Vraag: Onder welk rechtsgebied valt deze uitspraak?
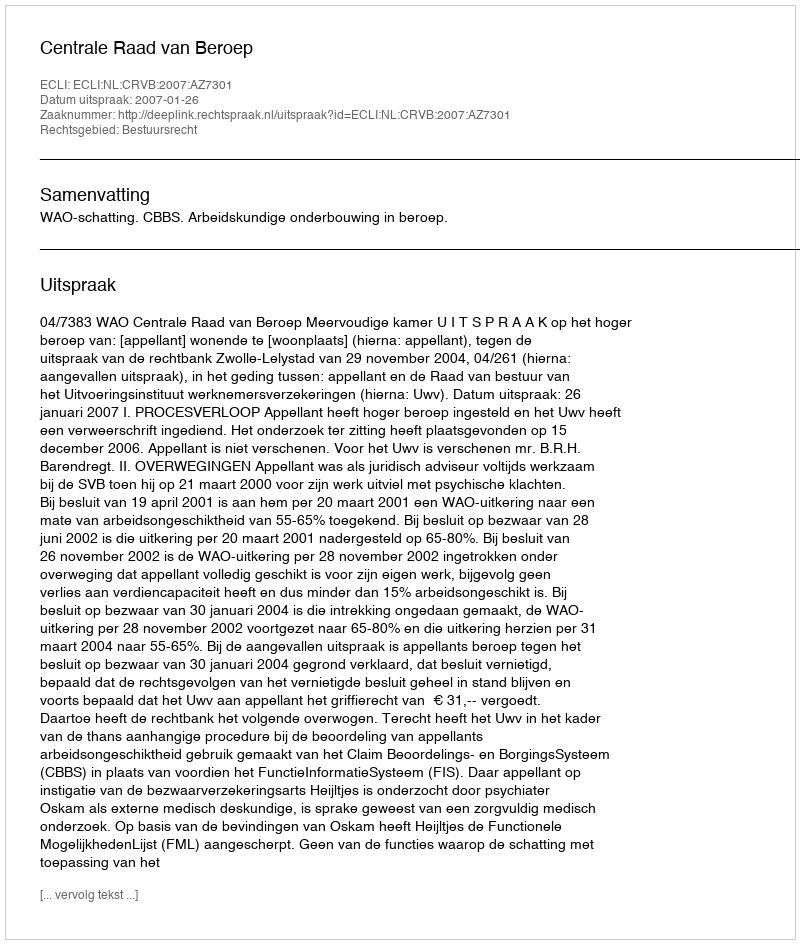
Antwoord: Bestuursrecht